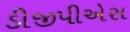
ડીજીપીએસ